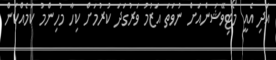
އަދި އެއީ މޯޓިވޭޝަންއަށް ނުވަތަ އަޒުމު ވަރުގަދަ ކުރުމަށް ކިހާ މުހިންމު ކަމެއްްކަން